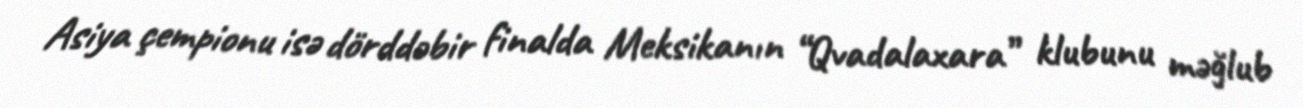
Asiya çempionu isə dörddəbir finalda Meksikanın “Qvadalaxara” klubunu məğlub